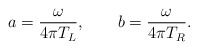
\begin{align*}a = { \omega \over 4 \pi T_L}, ~~~~~~ b = {\omega \over 4 \pi T_R}.\end{align*}